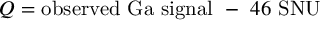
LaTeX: Q = \mathrm { o b s e r v e d ~ G a ~ s i g n a l } ~ - ~ 4 6 ~ \mathrm { S N U }